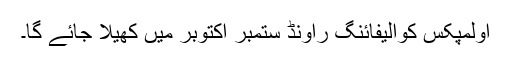
اولمپکس کوالیفائنگ راونڈ ستمبر اکتوبر میں کھیلا جائے گا۔